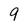
Character: 9